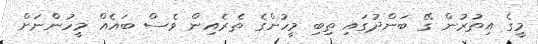
މީގެ އިތުރުން ގޭ ބަންދުގައި ތިބި މީހުންގެ ތެރެއިން ވެސް ބައެއް މީހުންނަށް